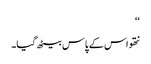
‘‘
نتھو اس کے پاس بیٹھ گیا۔